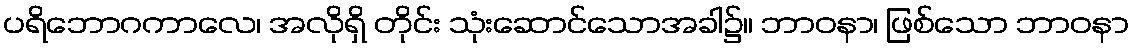
ပရိဘောဂကာလေ၊ အလိုရှိ တိုင်း သုံးဆောင်သောအခါ၌။ ဘာဝနာ၊ ဖြစ်သော ဘာဝနာ